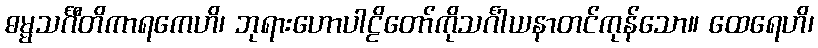
ဓမ္မသင်္ဂီတိကာရကေဟိ၊ ဘုရားဟောပါဠိတော်ကိုသင်္ဂါယနာတင်ကုန်သော။ ထေရေဟိ၊